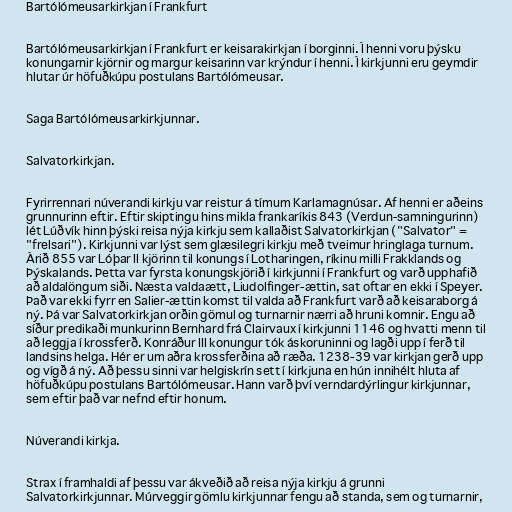
Bartólómeusarkirkjan í Frankfurt

Bartólómeusarkirkjan í Frankfurt er keisarakirkjan í borginni. Í henni voru þýsku
konungarnir kjörnir og margur keisarinn var krýndur í henni. Í kirkjunni eru geymdir
hlutar úr höfuðkúpu postulans Bartólómeusar.

Saga Bartólómeusarkirkjunnar.

Salvatorkirkjan.

Fyrirrennari núverandi kirkju var reistur á tímum Karlamagnúsar. Af henni er aðeins
grunnurinn eftir. Eftir skiptingu hins mikla frankaríkis 843 (Verdun-samningurinn)
lét Lúðvík hinn þýski reisa nýja kirkju sem kallaðist Salvatorkirkjan ("Salvator" =
"frelsari"). Kirkjunni var lýst sem glæsilegri kirkju með tveimur hringlaga turnum.
Árið 855 var Lóþar II kjörinn til konungs í Lotharingen, ríkinu milli Frakklands og
Þýskalands. Þetta var fyrsta konungskjörið í kirkjunni í Frankfurt og varð upphafið
að aldalöngum siði. Næsta valdaætt, Liudolfinger-ættin, sat oftar en ekki í Speyer.
Það var ekki fyrr en Salier-ættin komst til valda að Frankfurt varð að keisaraborg á
ný. Þá var Salvatorkirkjan orðin gömul og turnarnir nærri að hruni komnir. Engu að
síður predikaði munkurinn Bernhard frá Clairvaux í kirkjunni 1146 og hvatti menn til
að leggja í krossferð. Konráður III konungur tók áskoruninni og lagði upp í ferð til
landsins helga. Hér er um aðra krossferðina að ræða. 1238-39 var kirkjan gerð upp
og vígð á ný. Að þessu sinni var helgiskrín sett í kirkjuna en hún innihélt hluta af
höfuðkúpu postulans Bartólómeusar. Hann varð því verndardýrlingur kirkjunnar,
sem eftir það var nefnd eftir honum.

Núverandi kirkja.

Strax í framhaldi af þessu var ákveðið að reisa nýja kirkju á grunni
Salvatorkirkjunnar. Múrveggir gömlu kirkjunnar fengu að standa, sem og turnarnir,